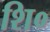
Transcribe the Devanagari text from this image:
शि०